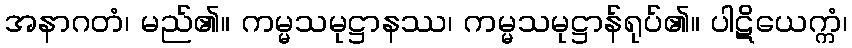
အနာဂတံ၊ မည်၏။ ကမ္မသမုဋ္ဌာနဿ၊ ကမ္မသမုဋ္ဌာန်ရုပ်၏။ ပါဋိယေက္ကံ၊